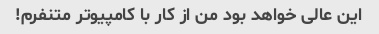
این عالی خواهد بود من از کار با کامپیوتر متنفرم!